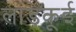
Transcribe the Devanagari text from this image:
लाड़कूई